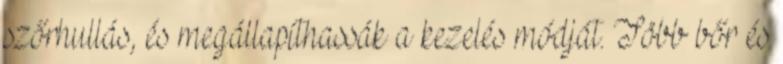
szőrhullás, és megállapíthassák a kezelés módját. Több bőr és